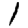
Digit: 1